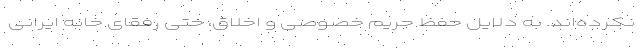
نکرده‌اند. به دلایل حفظ حریم خصوصی و اخلاق، حتی رفقای خانه ایرانی